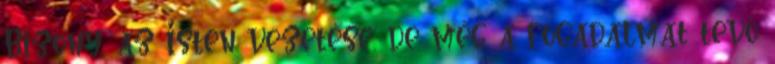
Bizony, az Isten vezetése, de még a fogadalmat tevő